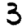
Digit: 3